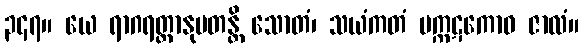
၃၄၇။ ယေ ရာဂရတ္တာနုပတန္တိ သောတံ၊ သယံကတံ မက္ကဋကောဝ ဇာလံ။